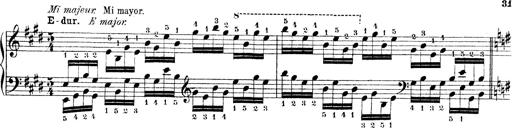
Title: Technische Studien
Composer: Franz Liszt